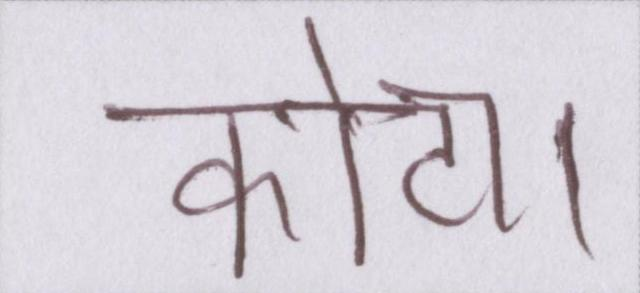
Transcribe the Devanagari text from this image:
कोटा